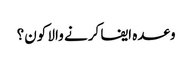
وعدہ ایفا کرنے والا کون؟